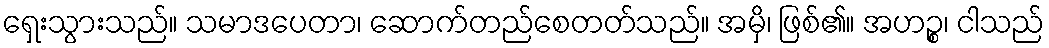
ရှေးသွားသည်။ သမာဒပေတာ၊ ဆောက်တည်စေတတ်သည်။ အမှိ၊ ဖြစ်၏။ အဟဉ္စ၊ ငါသည်